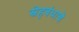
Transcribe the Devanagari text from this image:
स्नेहबंधाचे